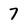
Character: 7